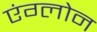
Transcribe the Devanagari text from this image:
एंग्लोन